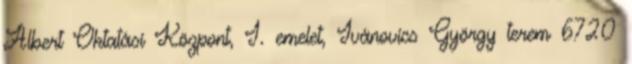
Albert Oktatási Központ, I. emelet, Ivánovics György terem 6720